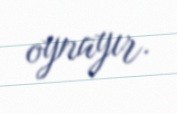
oynayır.